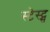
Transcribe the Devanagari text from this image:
स्टेस्ट्स